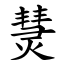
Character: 熭